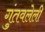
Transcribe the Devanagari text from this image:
गुंतवलेली